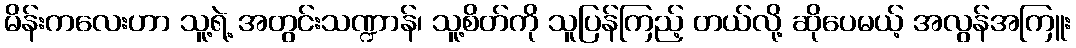
မိန်းကလေးဟာ သူ့ရဲ့ အတွင်းသဏ္ဍာန်၊ သူ့စိတ်ကို သူပြန်ကြည့် တယ်လို့ ဆိုပေမယ့် အလွန်အကြူး